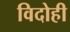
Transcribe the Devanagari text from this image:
विदोही